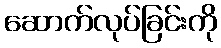
ဆောက်လုပ်ခြင်းကို